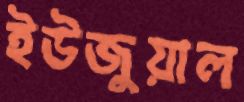
ইউজুয়াল